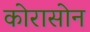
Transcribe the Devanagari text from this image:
कोरासोन